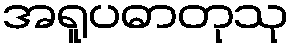
အရူပဓာတုသု